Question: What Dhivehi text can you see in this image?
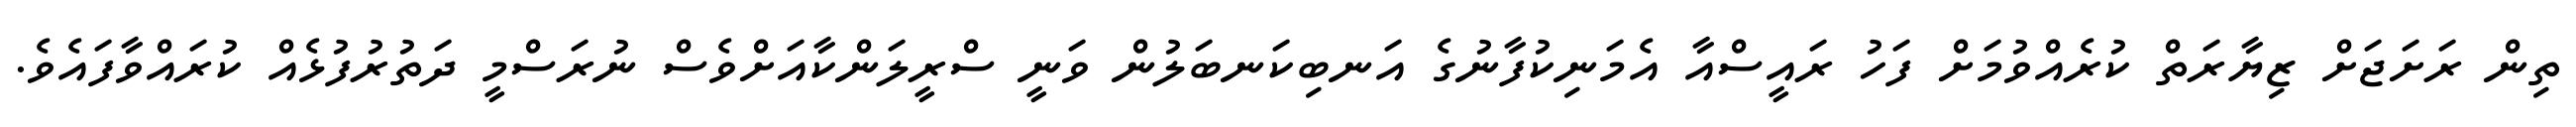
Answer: ތިން ރަށަޖަށް ޒިޔާރަތް ކުރެއްވުމަށް ފަހު ރައީސްއާ އެމަނިކުފާނުގެ އަނބިކަނބަލުން ވަނީ ސްރީލަންކާއަށްވެސް ނުރަސްމީ ދަތުރުފުޅެއް ކުރައްވާފައެވެ.